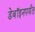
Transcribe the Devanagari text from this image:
डेबॉइनपर्यंत